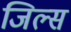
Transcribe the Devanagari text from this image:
जिल्स